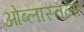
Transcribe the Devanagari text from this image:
ओब्लास्तला